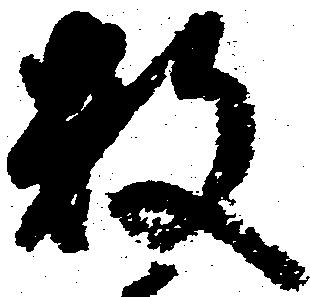
数